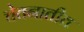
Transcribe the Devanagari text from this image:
चेतनातीत